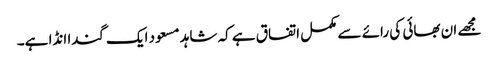
مجھے ان بھائی کی رائے سے مکمل اتفاق ہے کہ شاہد مسعود ایک گندا انڈا ہے۔